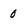
Character: 0